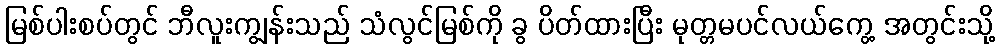
မြစ်ပါးစပ်တွင် ဘီလူးကျွန်းသည် သံလွင်မြစ်ကို ခွ ပိတ်ထားပြီး မုတ္တမပင်လယ်ကွေ့ အတွင်းသို့